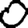
Digit: 0